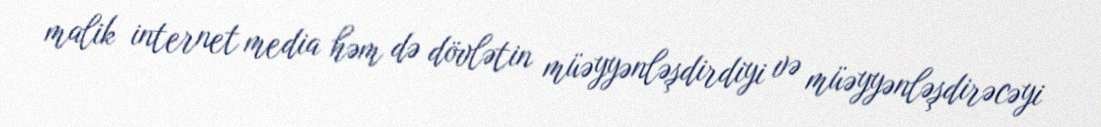
malik internet media həm də dövlətin müəyyənləşdirdiyi və müəyyənləşdirəcəyi